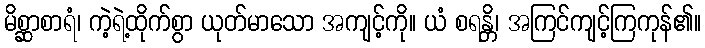
မိစ္ဆာစာရံ၊ ကဲ့ရဲ့ထိုက်စွာ ယုတ်မာသော အကျင့်ကို။ ယံ စရန္တိ၊ အကြင်ကျင့်ကြကုန်၏။